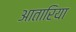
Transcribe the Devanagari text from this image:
आतारिया